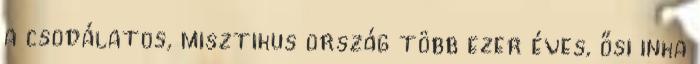
a csodálatos, misztikus ország több ezer éves, ősi inka